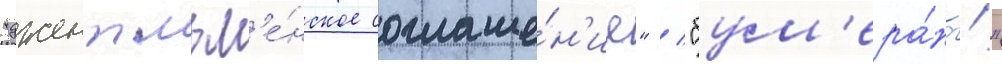
"джентльм'е́нское соглаше́н'ие" / "бум'ера́нг!"